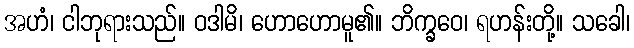
အဟံ၊ ငါဘုရားသည်။ ဝဒါမိ၊ ဟောဟောမူ၏။ ဘိက္ခဝေ၊ ရဟန်းတို့။ သခေါ၊